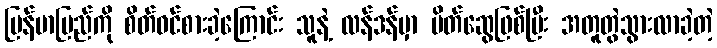
မြန်မာပြည်ကို စိတ်ဝင်စားခဲ့ကြောင်း သူနဲ့ လန်ဒန်မှာ မိတ်ဆွေဖြစ်ပြီး အတူတွဲသွားလာခဲ့တဲ့